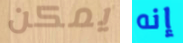
يمكن إنه